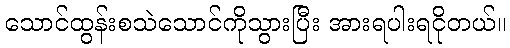
သောင်ထွန်းစသဲသောင်ကိုသွားပြီး အားရပါးရငိုတယ်။